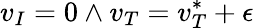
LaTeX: v_{I}=0\land v_{T}=v_{T}^{*}+\epsilon